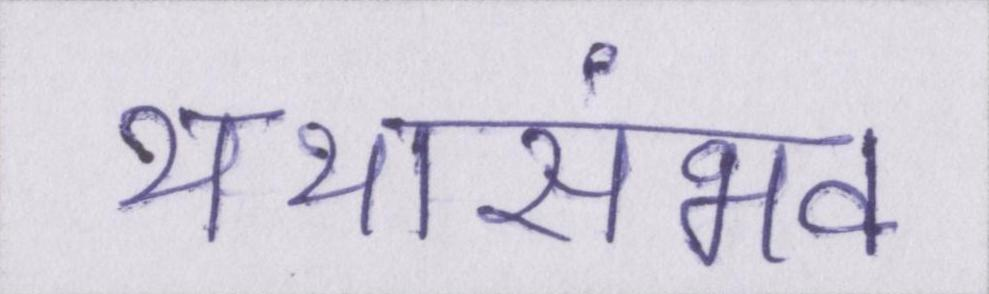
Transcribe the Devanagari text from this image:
यथासंभव